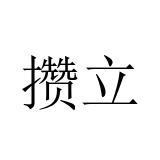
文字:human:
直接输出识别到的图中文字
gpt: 攒立